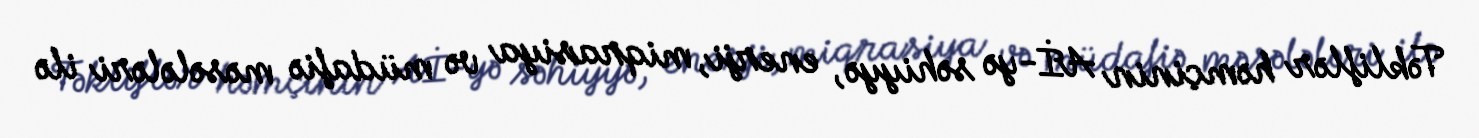
Təkliflər həmçinin Aİ-yə səhiyyə, enerji, miqrasiya və müdafiə məsələləri ilə